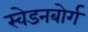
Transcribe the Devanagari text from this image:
स्वेडनबोर्ग